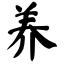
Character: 养